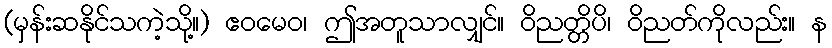
(မှန်းဆနိုင်သကဲ့သို့။) ဧဝမေဝ၊ ဤအတူသာလျှင်။ ဝိညတ္တိပိ၊ ဝိညတ်ကိုလည်း။ န